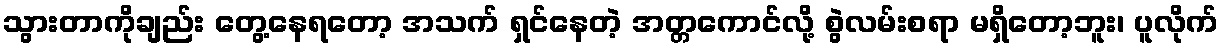
သွားတာကိုချည်း တွေ့နေရတော့ အသက် ရှင်နေတဲ့ အတ္တကောင်လို့ စွဲလမ်းစရာ မရှိတော့ဘူး၊ ပူလိုက်